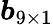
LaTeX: \boldsymbol{b}_{9\times 1}